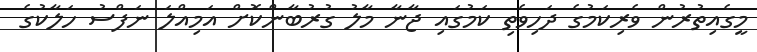
މީގެއިތުރުން ވެރިކަމުގެ ދަހިވެތި ކަމުގައި ޖާނާ މާލު ގުރުބާންކޮށް އަމިއްލަ ނަފްސު ހަލާކުގެ